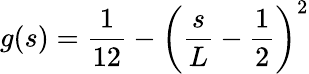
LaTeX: g(s)=\frac{1}{12}-\left(\frac{s}{L}-\frac{1}{2}\right)^{2}